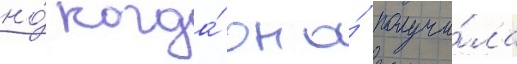
но́ когда́ она́ получи́ла